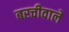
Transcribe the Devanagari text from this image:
बरचीवाले